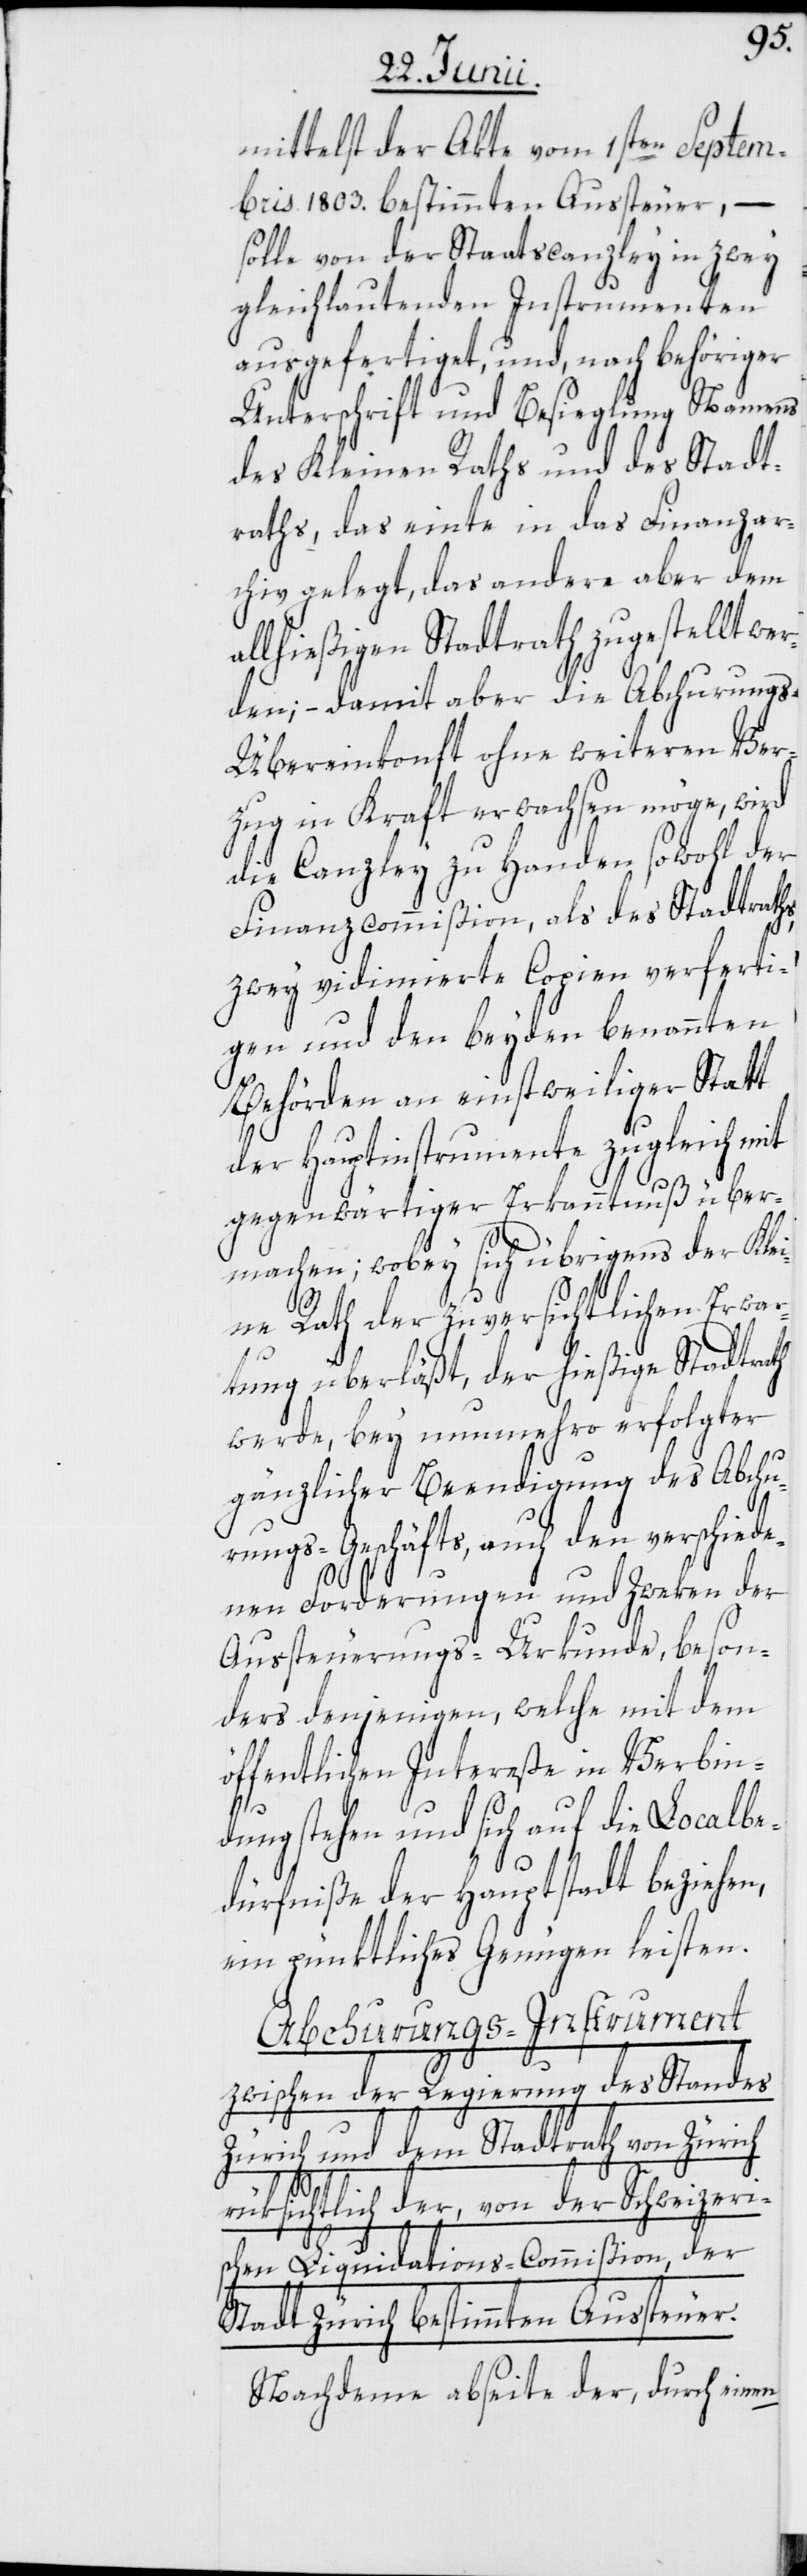
mittelst der Akte vom 1sten Septem¬
bris 1803. bestimmten Aussteuer, –
solle von der Staatscanzley in zwey
gleichlautenden Instrumenten
ausgefertiget, und nach behöriger
Unterschrift und Besieglung Namens
des Kleinen Raths und des Stadt¬
raths, das einte in das Finanzar¬
chiv gelegt, das andere aber dem
allhießigen Stadtrath zugestellt we¬
rden; – damit aber die Abchurungs-Ü¬
bereinkonft ohne weiteren Ver¬
zug in Kraft erwachsen möge, wird
die Canzley zu Handen sowohl der
Finanzcommißion, als des Stadtraths,
zwey vidimierte Copien verferti¬
gen und den beyden benannten
Behörden an einstweiliger Statt
der Hauptinstrumente zugleich mit
gegenwärtiger Erkanntnuß über¬
machen; wobey sich übrigens der Kle¬
ine Rath der zuversichtlichen Erwa¬
rtung überläßt, der hießige Stadtrath
werde, bey nunmehro erfolgter
gänzlicher Beendigung des Abchu¬
rungs-Geschäfts, auch den verschied¬
enen Forderungen und Zweken der
Aussteuerungs-Urkunde, beson¬
ders denjenigen, welche mit dem
öffentlichen Intereße in Verbin¬
dung stehen und sich auf die Localbe¬
dürfniße der Hauptstadt beziehen,
ein pünktliches Genügen leisten.
Abchurungs-Instrument
zwischen der Regierung des Standes
Zürich und dem Stadtrat von Zürich
rüksichtlich der, von der Schweizeri¬
schen Liquidations-Commißion, der
Stadt Zürich bestimmten Aussteuer.
Nachdem abseite der, durch einen